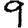
Digit: 9